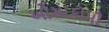
ઓસાકોમી